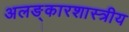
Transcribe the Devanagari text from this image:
अलङ्कारशास्त्रीय